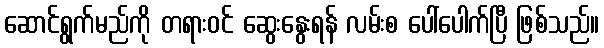
ဆောင်ရွက်မည်ကို တရားဝင် ဆွေးနွေးရန် လမ်းစ ပေါ်ပေါက်ပြီ ဖြစ်သည်။